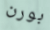
بورن